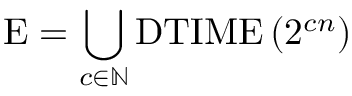
{ \mathrm { E } } = \bigcup _ { c \in \mathbb { N } } { \mathrm { D T I M E } } \left( 2 ^ { c n } \right)